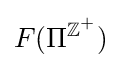
F(\Pi ^{\mathbb {Z} ^{+}})